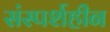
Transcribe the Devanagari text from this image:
संस्पर्शहीन